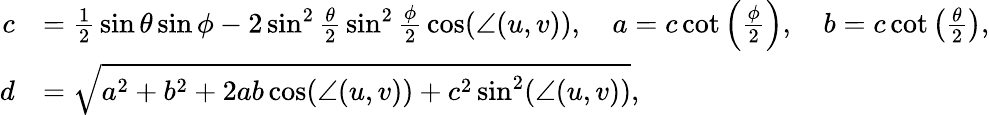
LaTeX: {\begin{array}{rl}{c}&{={\frac{1}{2}}\sin\theta\sin\phi-2\sin^{2}{\frac{\theta}{2}}\sin^{2}{\frac{\phi}{2}}\cos(\angle(u,v)),\quad a=c\cot\left({\frac{\phi}{2}}\right),\quad b=c\cot\left({\frac{\theta}{2}}\right),}\\ {d}&{={\sqrt{a^{2}+b^{2}+2ab\cos(\angle(u,v))+c^{2}\sin^{2}(\angle(u,v))}},}\end{array}}